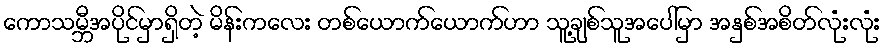
ကောသမ္ဘီအပိုင်မှာရှိတဲ့ မိန်းကလေး တစ်ယောက်ယောက်ဟာ သူ့ချစ်သူအပေါ်မှာ အနှစ်အစိတ်လုံးလုံး